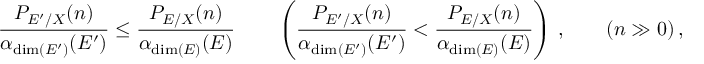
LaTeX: \frac { P _ { { E } ^ { \prime } / X } ( n ) } { \alpha _ { \dim ( { E } ^ { \prime } ) } ( { E } ^ { \prime } ) } \le \frac { P _ { { E } / X } ( n ) } { \alpha _ { \dim ( { E } ) } ( { E } ) } \quad \quad \left( \frac { P _ { { E } ^ { \prime } / X } ( n ) } { \alpha _ { \dim ( { E } ^ { \prime } ) } ( { E } ^ { \prime } ) } < \frac { P _ { { E } / X } ( n ) } { \alpha _ { \dim ( { E } ) } ( { E } ) } \right) \, , \qquad ( n \gg 0 ) \, ,